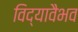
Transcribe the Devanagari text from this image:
विद्यावैभव